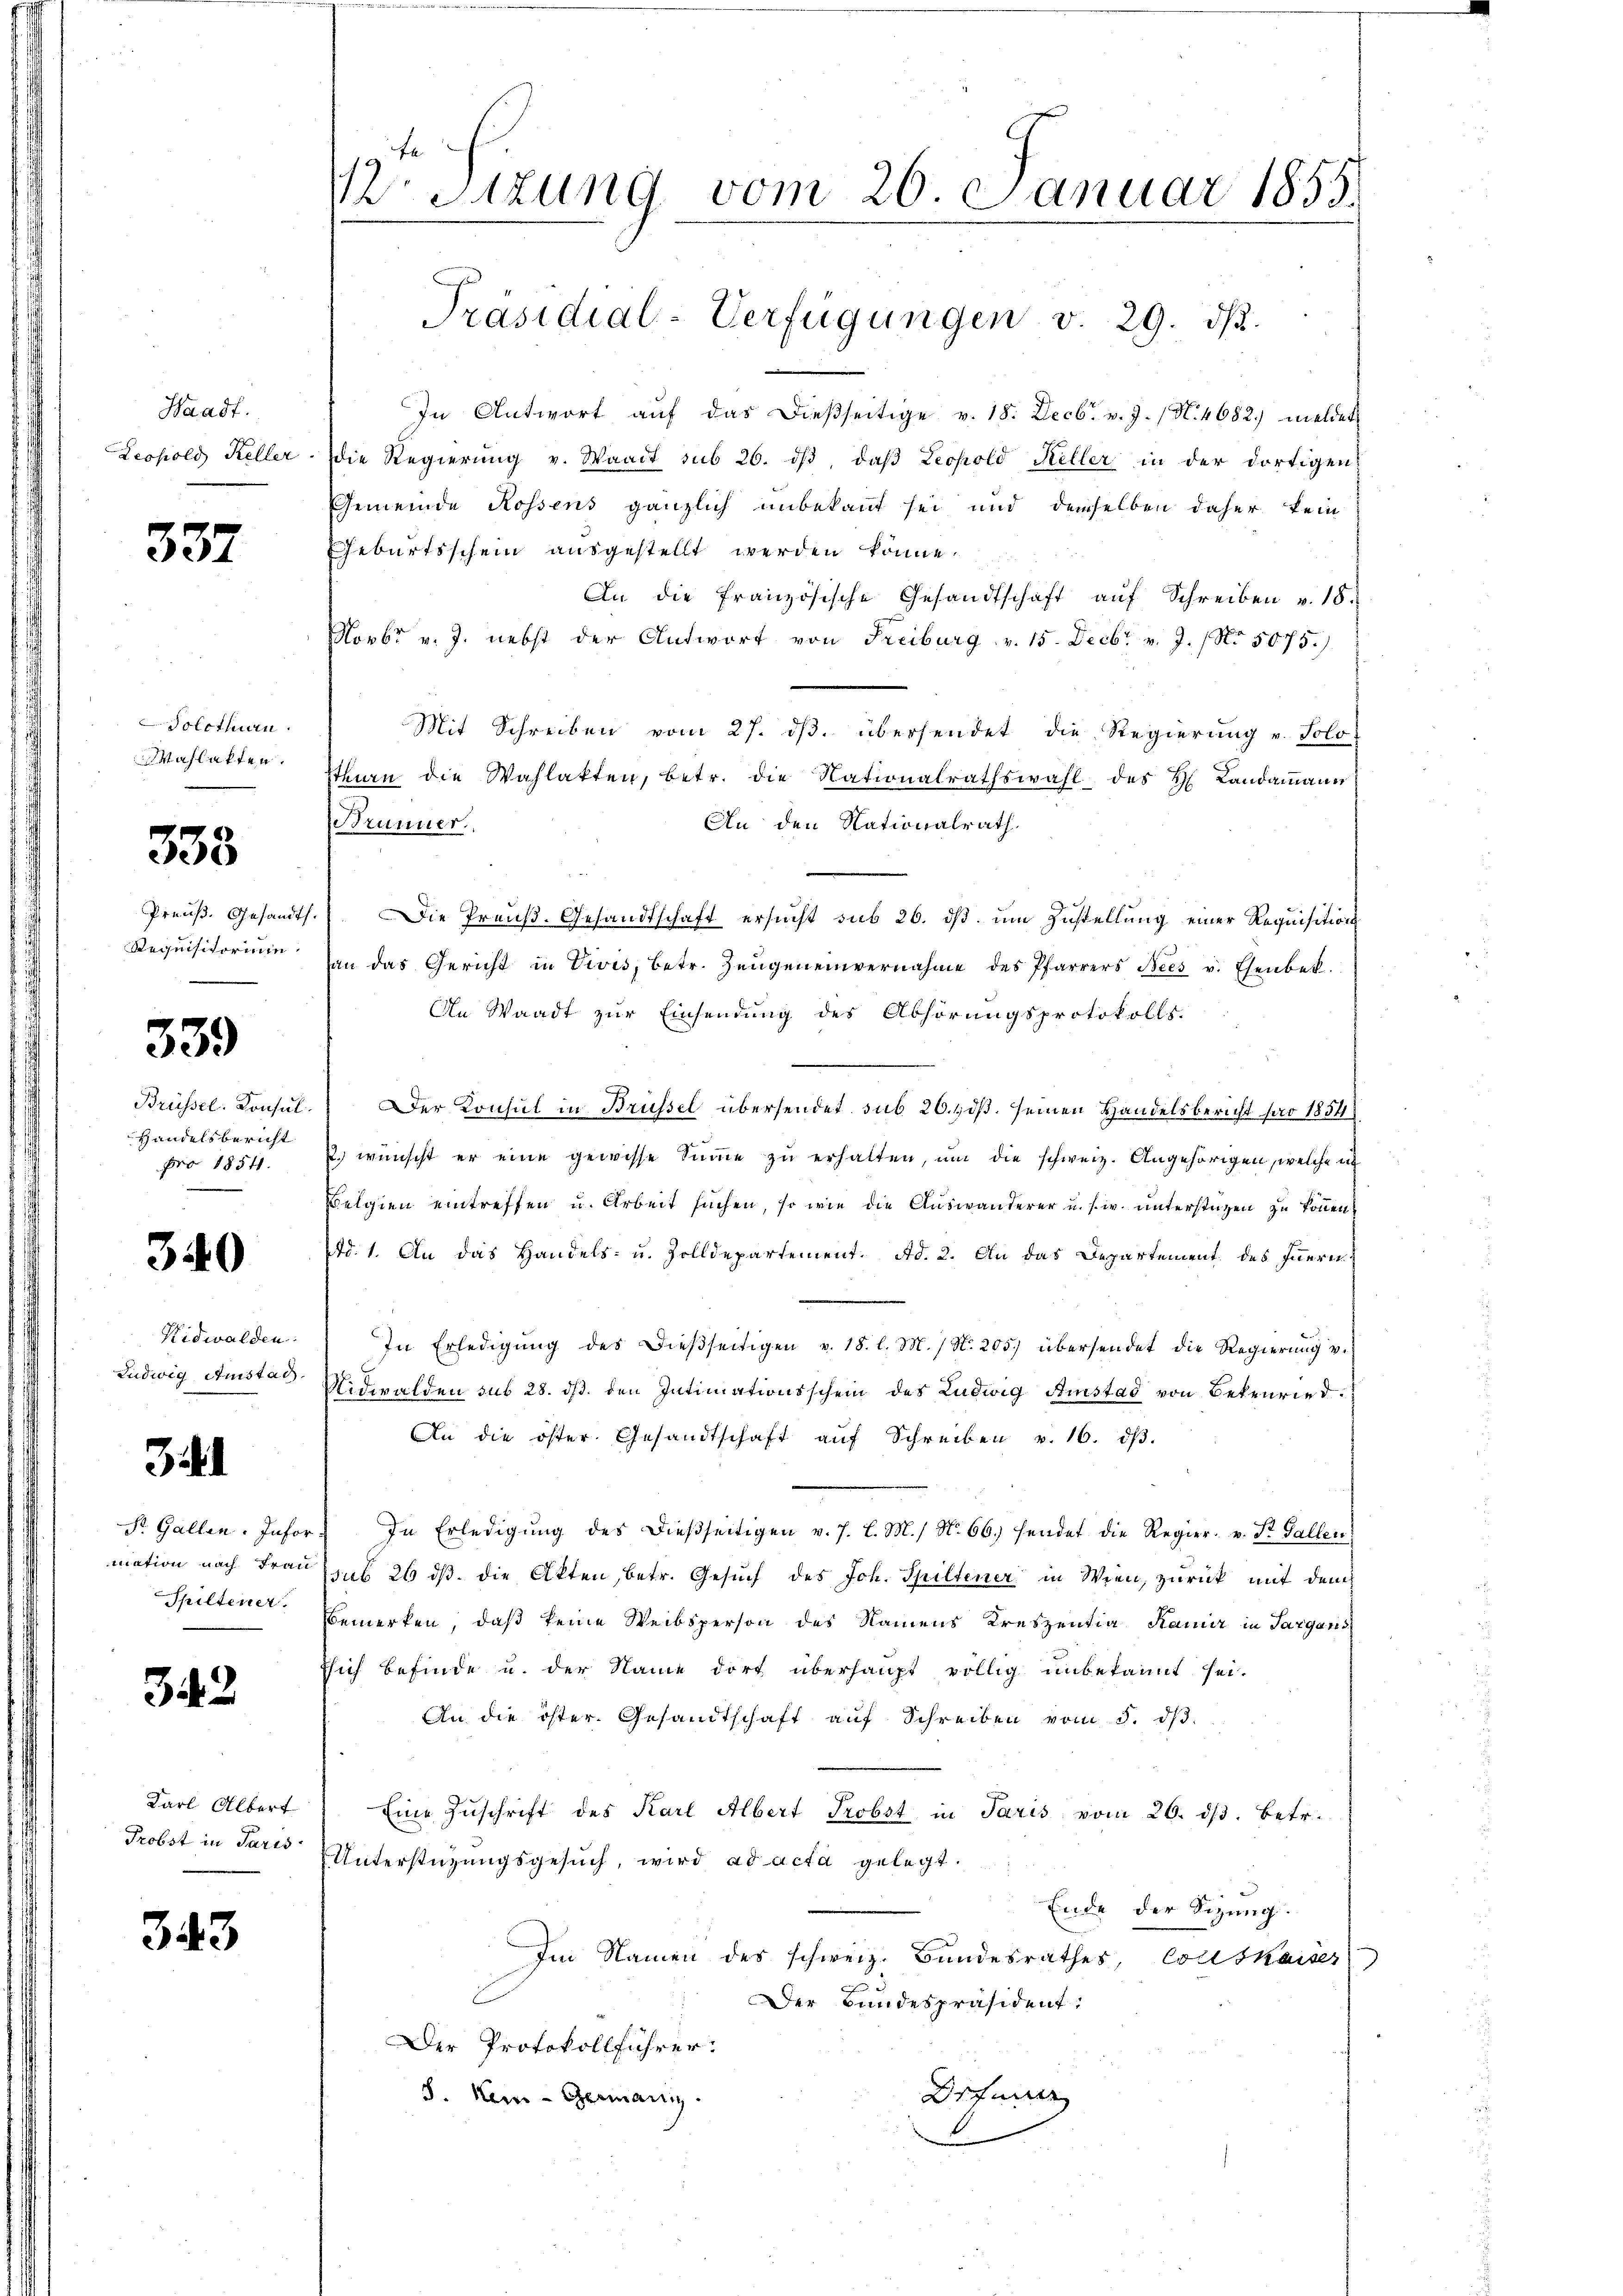
Waadt.
Leopold Keller.

337

Solothurn.
Wahlakten.

335

Preuß. Gesandts.
Requisitorium,
e

339

Brüssel. Konsul
Handelsbericht
pro 18541.

340

Nidwalden.
Ludwig Anstag.

31

St. Gallen. Infor
mation nach Frau
Spiltener

342.

Karl Albert
Probst in Paris

343

Stzung vom 26. Januar 1855.
Präsidial-Verfügungen v. 29. dβ.

In Antwort auf das dießseitige v. 18. Decbr. v. J. (N. 4682. meldet
die Regierung v. Waadt sub 26. ds, daß Leopold Keller in der dortigen
Gemeinde Rossens gänzlich unbekannt sei und demselben daher kein
Geburtsschein ausgestellt werden könne.
An die französische Gesandtschaft aŭf Schreiben v. 18.
Novbr v. J. nebst der Antwort von Freiburg v. 15. Decbr. v. J. No 5075.)
Mit Schreiben vom 27. ds. übersendet die Regierung u. Solo-
sthien die Wahlakten, betr. die Nationalrathswahl des H. Landammann
An den Nationalrath,
Brunner.
Die Preuß. Gesandtschaft ersucht sub 26. dß. um Zustellung einer Requisitionsan das Gericht in Vivis, betr. Zeŭgen einvernahme des Pfarrers Nees v. Ehenbek
An Waadt zur Einsendung des Abhörungsprotokolls
Der Konsul in Brüssel übersendet, sub 26. ds. seinen Handelsbericht pro 1854
2. wünscht er eine gewisse Sŭṁe zŭ erhalten, ŭm die schweiz. Angehörigen, welche ich
Belgien eintreffen u. Arbeit suchen, so wie die Auswanderer u. s. w. unterstüzen zu können.
Ad. 1. An das Handels- u. Zolldepartement. Ad. 2. An das Departement des Innerie
In Erledigung des dießseitigen v. 18. l. M. / N. 205) übersendet die Regierung v.
Nidwalden sub 28. ds. den Intimationsschein des Ludwig Amstad von Bekenried¬
An die öster. Gesandtschaft aŭf Schreiben v. 16. dβ.
In Erledigŭng des dießseitigen v. J. l. M. N. 66. sendet die Regier. v. St. Gallen
sub 26 ds. die Akten, betr. Gesuch des Joh. Spiltener in Wien, zurück mit dem
Bemerken, daß keine Weibsperson des Namens Kreszentia Ramir in Sargaris
sich befinde u. der Name dort überhaupt völlig unbekannt sei.
An die öster. Gesandtschaft aŭf Schreiben vom 5. dβ.
Eine Zŭschrift des Karl Albert Probst in Paris vom 26. ds. betr.
Unterstützungsgesuch, wird ad acta gelegt.
Ende der Sizung.
Im Namen des schweiz. Bundesrathes, Conskaises
Der Bundespräsident:
Der Protokollführer.
Drfurrer
 Kein - Germani